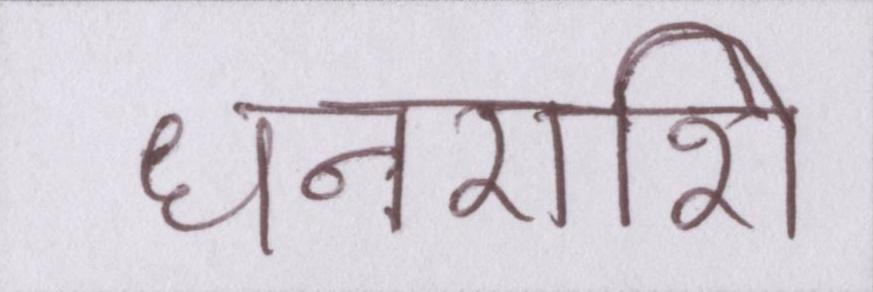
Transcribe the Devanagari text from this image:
धनराशि